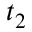
t _ { 2 }